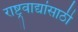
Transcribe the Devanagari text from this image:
राष्ट्रवाद्यांसाठी